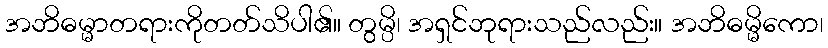
အဘိဓမ္မာတရားကိုတတ်သိပါ၏။ တွမ္ပိ၊ အရှင်ဘုရားသည်လည်း။ အဘိဓမ္မိကော၊